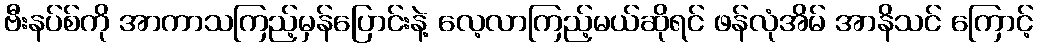
ဗီးနပ်စ်ကို အာကာသကြည့်မှန်ပြောင်းနဲ့ လေ့လာကြည့်မယ်ဆိုရင် ဖန်လုံအိမ် အာနိသင် ကြောင့်